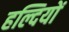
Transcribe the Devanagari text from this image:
हल्दियों